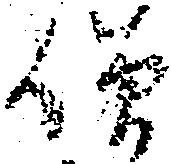
僧